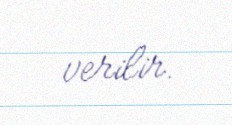
verilir.